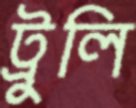
ট্রুলি